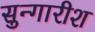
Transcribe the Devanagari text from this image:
सुन्गारीश